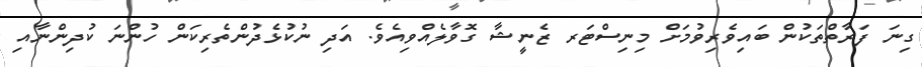
ގިނަ ފަރާތްތަކުން ބައިވެރިވުމަށް މިނިސްޓަރ ޒެނީޝާ ގޮވާލެއްވިއެވެ. އަދި ނުކުޅެދުންތެރިކަން ހުންނަ ކުދިންނާއި